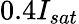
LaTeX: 0.4I_{sat}